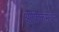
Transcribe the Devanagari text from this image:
आफ्रिकेमधून